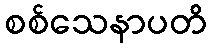
စစ်သေနာပတိ